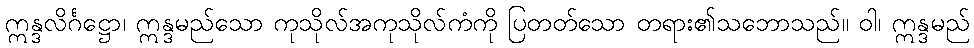
ဣန္ဒလိင်္ဂဋ္ဌော၊ ဣန္ဒမည်သော ကုသိုလ်အကုသိုလ်ကံကို ပြတတ်သော တရား၏သဘောသည်။ ဝါ၊ ဣန္ဒမည်